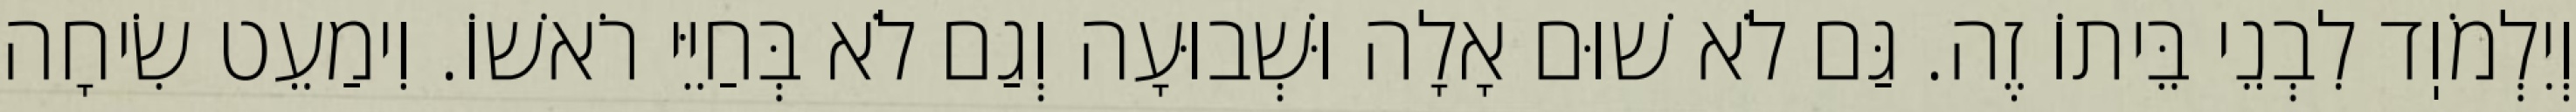
וְיִלְמֹוֽד לִבְנֵי בֵּיתוֹ זֶה. גַּם לֹא שׁוּם אָלָה וּשְׁבוּעָה וְגַם לֹא בְּחַיֵּי רֹאשׁוֹ. וִימַעֵט שִׂיחָה